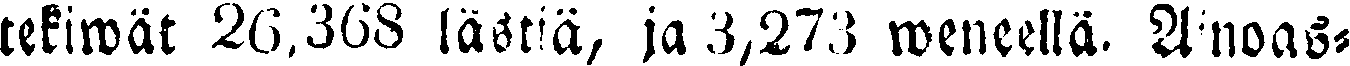
tekiwät 26,368 lästiä, ja 3,273 weneellä. Ainoas-